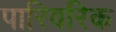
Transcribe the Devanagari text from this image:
पारिवरिक